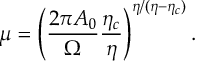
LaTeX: \mu = \left( \frac { 2 \pi A _ { 0 } } { \Omega } \frac { \eta _ { c } } { \eta } \right) ^ { \eta / ( \eta - \eta _ { c } ) } .